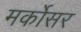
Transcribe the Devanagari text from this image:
मर्कोसर